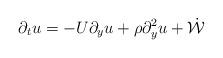
LaTeX: \begin{align*}\partial_t u = -U\partial_y u + \rho \partial_y^2 u + \dot{\mathcal{W}}\end{align*}